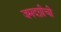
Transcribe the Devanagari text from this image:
जमदग्नीची